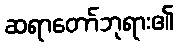
ဆရာတော်ဘုရား၏